Source: Computer-generated
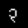
Digit: ၃ (3)